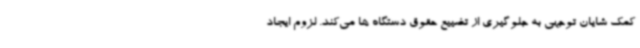
کمک شایان توجهی به جلوگیری از تضییع حقوق دستگاه ها می‌کند. لزوم ایجاد